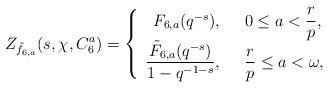
LaTeX: \begin{align*}Z_{\tilde{f}_{6, a}}(s, \chi, C_6^a)={\left\{\begin{array}{rl}F_{6, a}(q^{-s}),\ \ &0\le a<\dfrac{r}{p},\\\dfrac{\tilde F_{6, a}(q^{-s})}{1-q^{-1-s}},\ \ &{\dfrac{r}{p}\le a<\omega},\end{array}\right.}\end{align*}